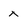
Character: x